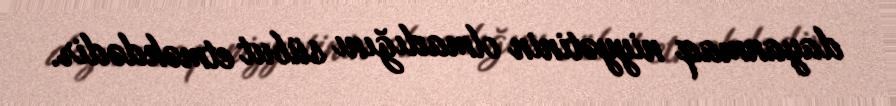
dayanmaq niyyətinin olmadığını sübut etməkdədir.